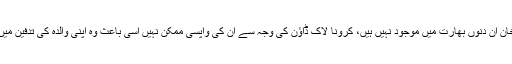
رپورٹ کے مطابق عرفان خان ان دنوں بھارت میں موجود نہیں ہیں، کرونا لاک ڈاؤن کی وجہ سے اْن کی واپسی ممکن نہیں اسی باعث وہ اپنی والدہ کی تدفین میں شرکت نہیں کر سکیں گے۔